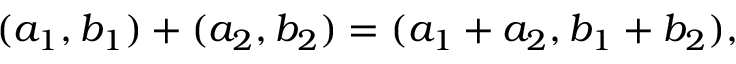
( a _ { 1 } , b _ { 1 } ) + ( a _ { 2 } , b _ { 2 } ) = ( a _ { 1 } + a _ { 2 } , b _ { 1 } + b _ { 2 } ) ,